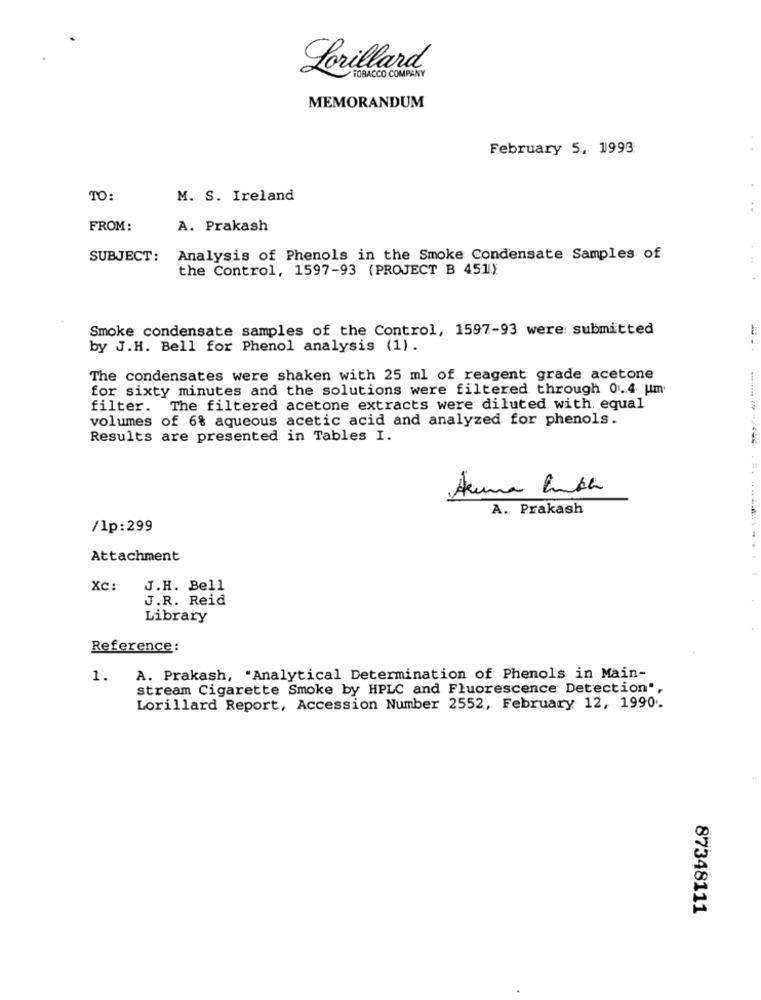
Lorillard
TOBACCO COMPANY
MEMORANDUM
February 5, 1993
TO:
M. S. Ireland
FROM:
A. Prakash
SUBJECT:
Analysis of Phenols in the Smoke Condensate Samples of
the Control, 1597-93 (PROJECT B 451)
Smoke condensate samples of the Control, 1597-93 were submitted
1
by J.H. Bell for Phenol analysis (1).
The condensates were shaken with 25 ml of reagent grade acetone
for sixty minutes and the solutions were filtered through 01.4 um
filter. The filtered acetone extracts were diluted with equal
volumes of 6% aqueous acetic acid and analyzed for phenols.
Results are presented in Tables I.
....
Arma Lunch
A. Prakash
/lp:299
Attachment
Xc:
J.H. Bell
J.R. Reid
Library
Reference:
1.
A. Prakash, "Analytical Determination of Phenols in Main-
stream Cigarette Smoke by HPLC and Fluorescence Detection",
Lorillard Report, Accession Number 2552, February 12, 1990.
87348111